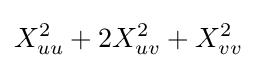
X_{uu}^{2}+2X_{uv}^{2}+X_{vv}^{2}